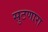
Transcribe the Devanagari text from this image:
सुटणारा